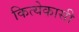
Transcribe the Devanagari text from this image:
कित्येकासी